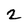
Character: 2